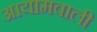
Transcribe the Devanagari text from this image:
आयामवाली